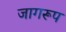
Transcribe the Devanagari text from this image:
जागरूप